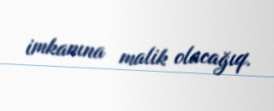
imkanına malik olacağıq.